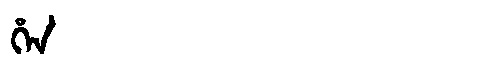
Manchu: ᡥᡝᠨ
Romanization: HEN